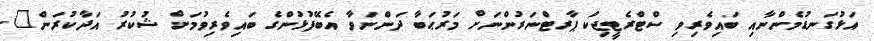
އަޅުގަނޑުމެންނާއި ބައިވެރިވި ސްޓްރެޓީޖިކް ޕާރޓްނަރުންނަށް މަރުޙަބާ ދަންނަވާ އެބޭފުޅުންގެ ބައިވެރިވުމަށް ޝުކުރު އަދާކުރަން".